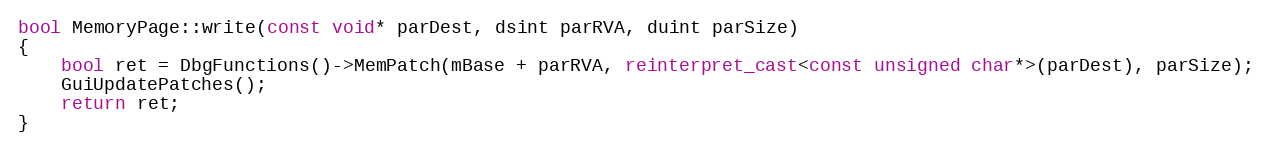
Language: C++
bool MemoryPage::write(const void* parDest, dsint parRVA, duint parSize)
{
    bool ret = DbgFunctions()->MemPatch(mBase + parRVA, reinterpret_cast<const unsigned char*>(parDest), parSize);
    GuiUpdatePatches();
    return ret;
}